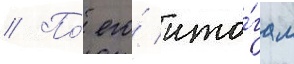
// По́ его́ ито́гам